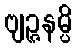
ဗျဉ္ဇနမ္ပိ